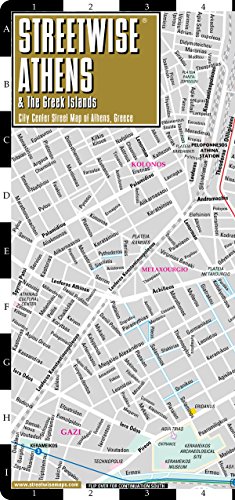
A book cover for Streetwise Athens Map - Laminated City Center Street Map of Athens, Greece - Folding pocket size travel map with metro map; Streetwise Maps; Travel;